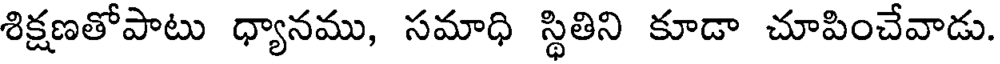
శిక్షణతోపాటు ధ్యానము, సమాధి స్థితిని కూడా చూపించేవాడు.